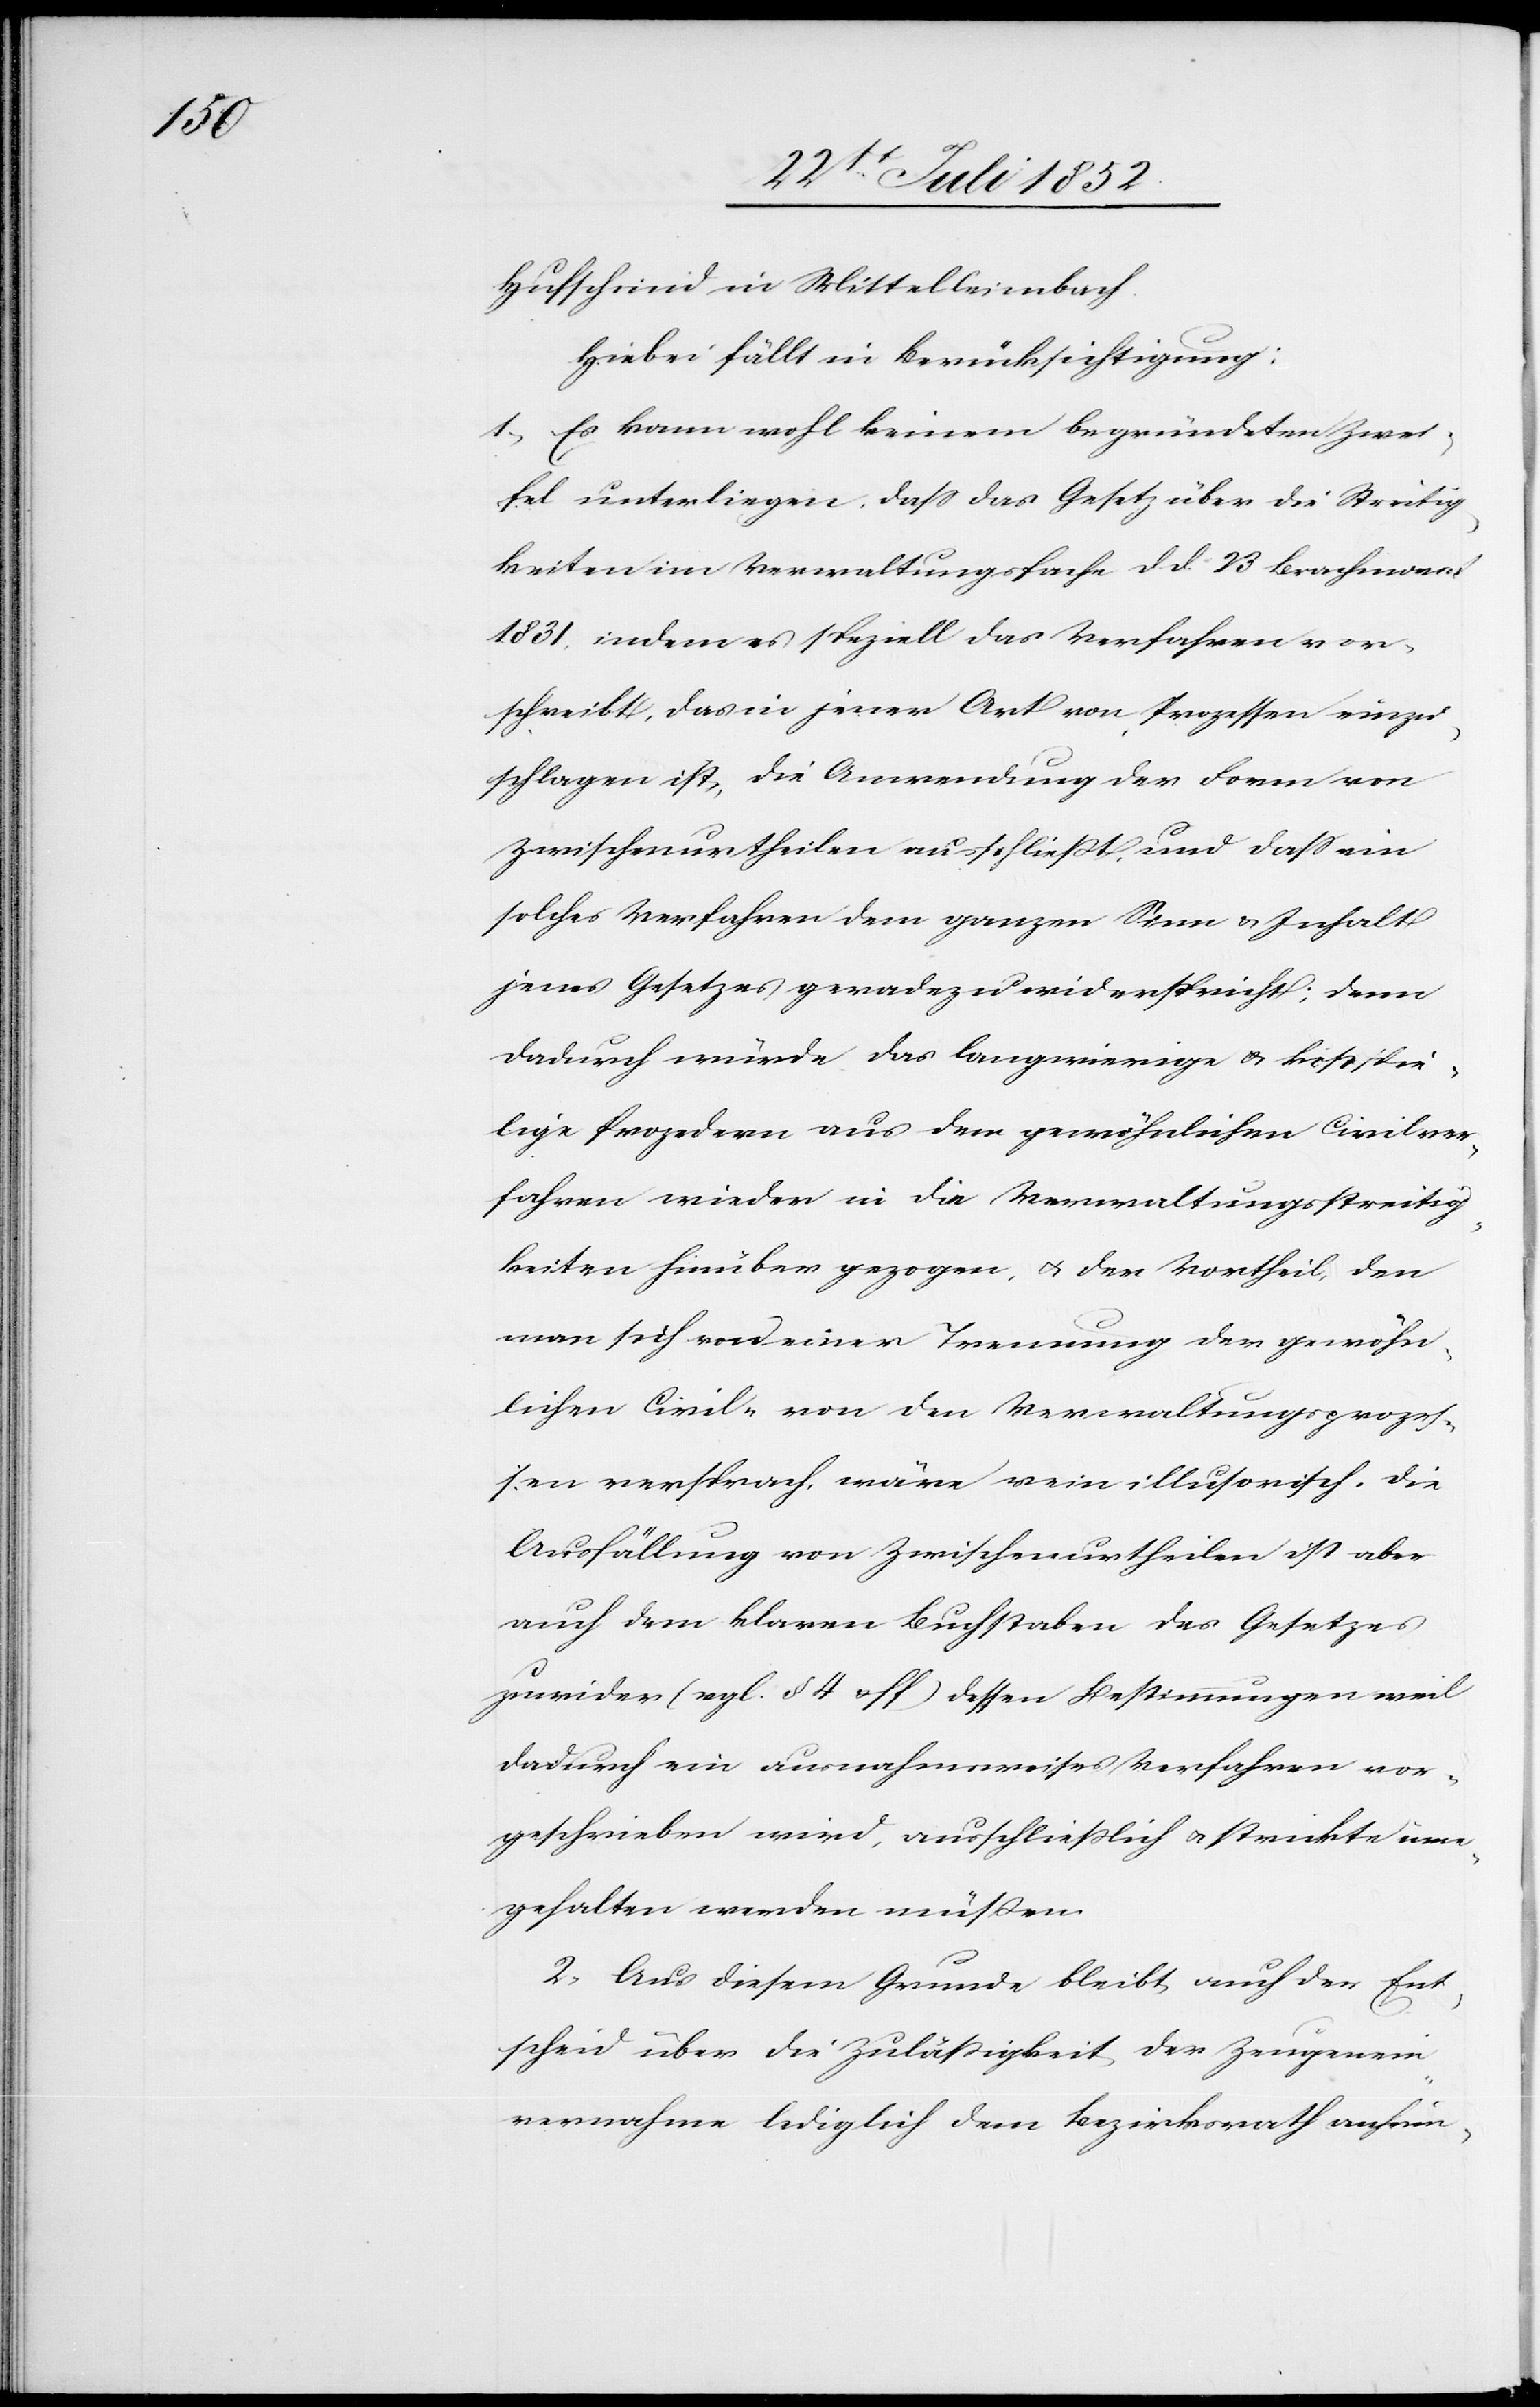
Hufschmid in Mittelleimbach.
Hiebei fällt in Berücksichtigung:
1, Es kann wohl keinem begründeten Zwei¬
fel unterliegen, dass das Gesetz über die Streitig¬
keiten im Verwaltungsfache d d. 23 Brachmonat
1831, indem es speziell das Verfahren vor¬
schreibt, das in jener Art von Prozessen einzu¬
schlagen ist, die Anwendung der Form von
Zwischenurtheilen ausschließt, und dass ein
solches Verfahren dem ganzen Sinn & Inhalt
jenes Gesetzes geradezu widerspricht; denn
dadurch würde das langwierige & kostspie¬
lige Prozedern aus dem gewöhnlichen Civilver¬
fahren wieder in die Verwaltungsstreitig¬
keiten hinüber gezogen, & den Vortheil, den
man sich von einer Trennung der gewöhn¬
lichen Civil- von den Verwaltungsprozes¬
sen versprach, wäre rein illusorisch. Die
Ausfällung von Zwischenurtheilen ist aber
auch dem klaren Buchstaben des Gesetzes
zuwider (vgl. § 4 & ff) dessen Bestimmungen weil
dadurch ein ausnahmsweises Verfahren vor¬
geschrieben wird, ausschliesslich & strickte inne¬
gehalten werden müßen.
2, Aus diesem Grunde bleibt auch der Ent¬
scheid über die Zulässigkeit der Zeugenein¬
vernahme lediglich dem Bezirksrath anheim-